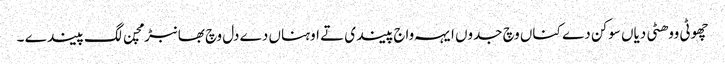
چھوٹی ووھٹی دیاں سوکن دے کناں وچ جدوں ایہہ واج پیندی تے اوہناں دے دل وچ بھانبڑ مچن لگ پیندے ۔